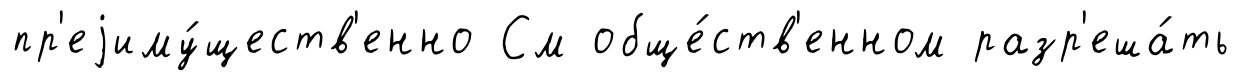
пр'еjиму́ществ'енно См обще́ств'енном разр'еша́ть